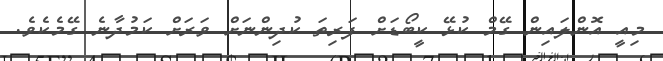
މިއީ އޮންލައިން ގޭމް ކުޅޭ ކީބޯޑަށް ފަރިތަ ކުދިންނަށް ވަރަށް ކަމުދާނެ ގޭމެކެވެ.